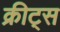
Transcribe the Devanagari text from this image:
क्रीट्स